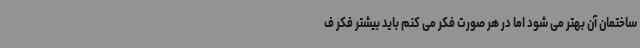
ساختمان آن بهتر می شود اما در هر صورت فکر می کنم باید بیشتر فکر ف